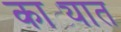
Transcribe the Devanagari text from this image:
काट्यात